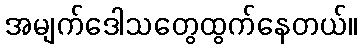
အမျက်ဒေါသတွေထွက်နေတယ်။